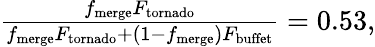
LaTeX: \begin{array}{r}{\frac{f_{\mathrm{merge}}F_{\mathrm{tornado}}}{f_{\mathrm{merge}}F_{\mathrm{tornado}}+(1-f_{\mathrm{merge}})F_{\mathrm{buffet}}}=0.53,}\end{array}